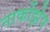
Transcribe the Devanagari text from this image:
नार्कोझेप